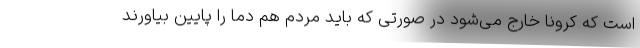
است که کرونا خارج می‌شود در صورتی که باید مردم هم دما را پایین بیاورند